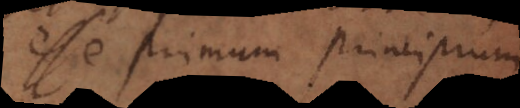
esse primum principium